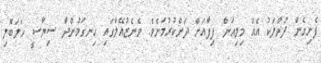
ފެށިގެން ދުވާލަކު އެއް މިލިއަން ފިފާއަށް ދަށްކުރުމަށެވެ. ވެނެޒުއޭލާގައި ހިނގަމުންދާ ސިޔާސީ ހަލަބޮލި